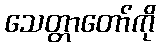
သေတ္တာတော်ကို